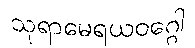
သုရာမေရယဝဂ္ဂေါ